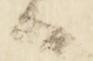
候